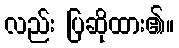
လည်း ပြဆိုထား၏။